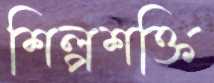
শিল্পশক্তি